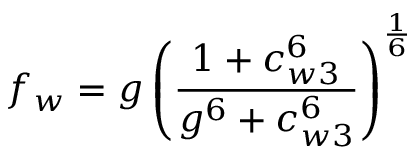
f _ { w } = g \left( \frac { 1 + c _ { w 3 } ^ { 6 } } { g ^ { 6 } + c _ { w 3 } ^ { 6 } } \right) ^ { \frac { 1 } { 6 } }